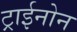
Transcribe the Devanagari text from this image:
ट्राईनोन